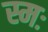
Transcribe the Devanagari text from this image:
स्मः